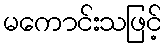
မကောင်းသဖြင့်